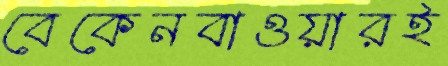
বেকেনবাওয়ারই